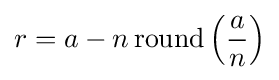
r=a-n\operatorname {round} \left({\frac {a}{n}}\right)